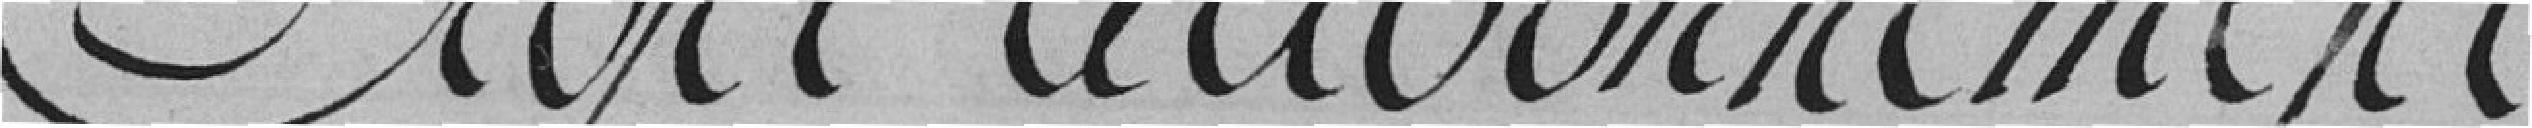
Projet d'abonnement